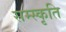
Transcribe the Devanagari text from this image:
सम्स्कृति